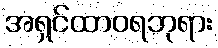
အရှင်ထာဝရဘုရား